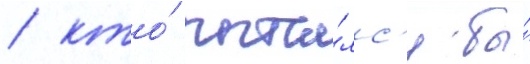
/ кто́ пыта́лс'я бы́